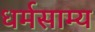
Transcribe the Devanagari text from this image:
धर्मसाम्य